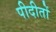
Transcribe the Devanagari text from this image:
पीदीतों